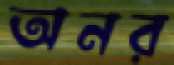
অনর